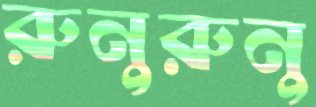
রুনুরুনু